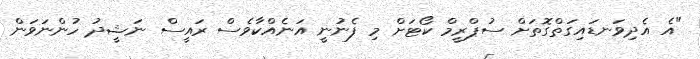
"އެ އެދިވަނޑައިގަތްގޮތަށް ސުޕްރީމް ކޯޓަށް މި ފެނުނީ އަނެއްކާވެސް ރައީސް ނަޝީދު ހުންނަވަން